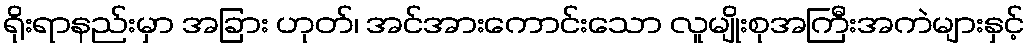
ရိုးရာနည်းမှာ အခြား ဟုတ်၊ အင်အားကောင်းသော လူမျိုးစုအကြီးအကဲများနှင့်